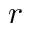
r